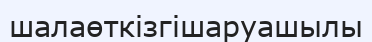
шалаөткізгішаруашылы